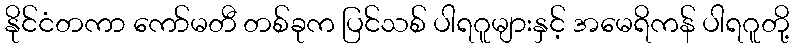
နိုင်ငံတကာ ကော်မတီ တစ်ခုက ပြင်သစ် ပါရဂူများနှင့် အမေရိကန် ပါရဂူတို့